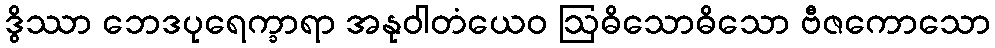
ဒွိဿာ ဘေဒပုရေက္ခာရာ အနုဝါတံယေဝ ဩဓိသောဓိသော ဗီဇကောသော